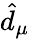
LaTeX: \hat{d}_{\mu}